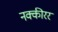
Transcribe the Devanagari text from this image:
नक्कीरर